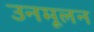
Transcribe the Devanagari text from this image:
उनमूलन